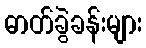
ဓာတ်ခွဲခန်းများ